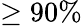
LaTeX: \geq 90\%